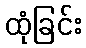
ထုံခြင်း